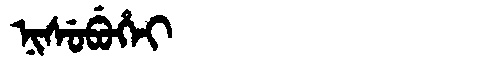
Manchu: ᠨᡳᠰᡠᠪᡠᡥᡝᡳ
Romanization: NISUBUHEI